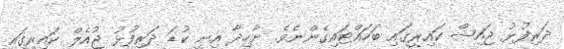
ދަރިފުޅު ޖައިޝް ކައިރީގައި ބަހައްޓައިގެންނެވެ. ނާހިދާ އިނީ ކުޑަ ދަރިފުޅު ޖުއެލް ކައިރީގައި